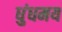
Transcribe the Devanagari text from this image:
धुंधमय